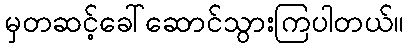
မှတဆင့်ခေါ်ဆောင်သွားကြပါတယ်။